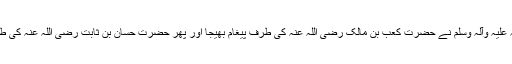
پھر آپ صلی اللہ علیہ وآلہ وسلم نے حضرت کعب بن مالک رضی اللہ عنہ کی طرف پیغام بھیجا اور پھر حضرت حسان بن ثابت رضی اللہ عنہ کی طرف پیغام بھیجا۔